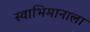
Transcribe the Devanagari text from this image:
स्वाभिमानाला